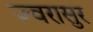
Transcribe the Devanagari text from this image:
ज्वरासुर